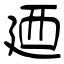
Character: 廼